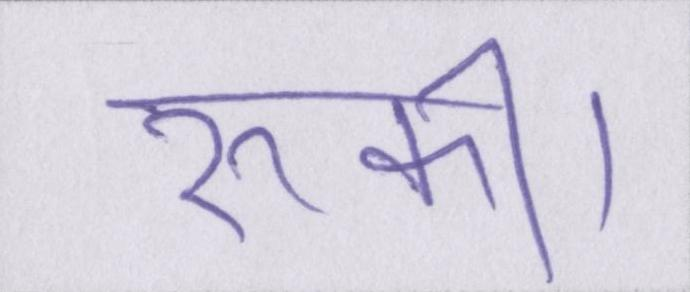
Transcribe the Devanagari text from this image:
रुकी।